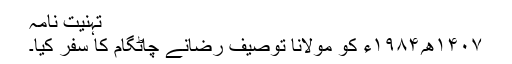
تہنیت نامہ
۱۴۰۷ھ؍۱۹۸۴ء کو مولانا توصیف رضانے چاٹگام کا سفر کیا۔